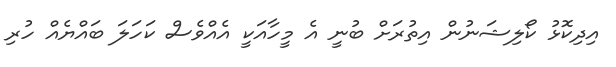
އިދިކޮޅު ކޯލިޝަނުން އިތުރަށް ބުނީ އެ މީހާއަކީ އެއްވެސް ކަހަލަ ބައްޔެއް ހުރި